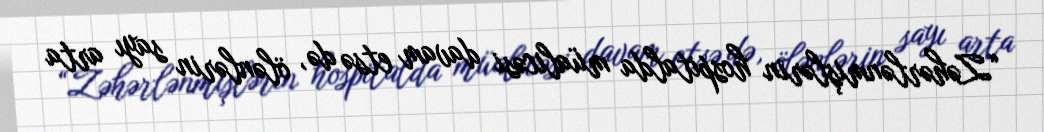
“Zəhərlənmişlərin hospitalda müalicəsi davam etsə də, ölənlərin sayı arta